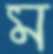
ম